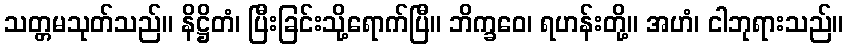
သတ္တမသုတ်သည်။ နိဋ္ဌိတံ၊ ပြီးခြင်းသို့ရောက်ပြီ။ ဘိက္ခဝေ၊ ရဟန်းတို့။ အဟံ၊ ငါဘုရားသည်။